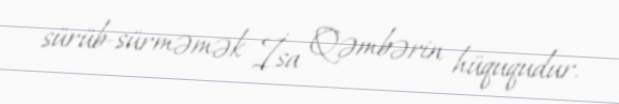
sürüb-sürməmək İsa Qəmbərin hüququdur.